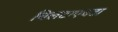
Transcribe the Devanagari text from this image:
चिलटाएवढा